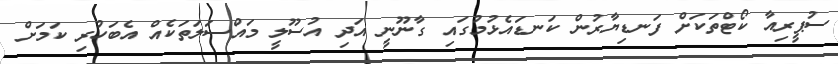
ސުޕީރިއާ ކޯޓްތަކަށް ފަނޑިޔާރުން ކަނޑައެޅުމުގައި ގާނޫނީ އަދި އުސޫލީ މައްސަލަތަކެއް އެބަހުރި ކަމަށް